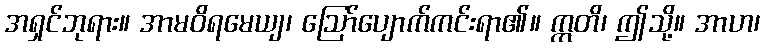
အရှင်ဘုရား။ အာမဝိရမေယျ၊ ဩော်ပျောက်ကင်းရာ၏။ ဣတိ၊ ဤသို့။ အာဟ၊